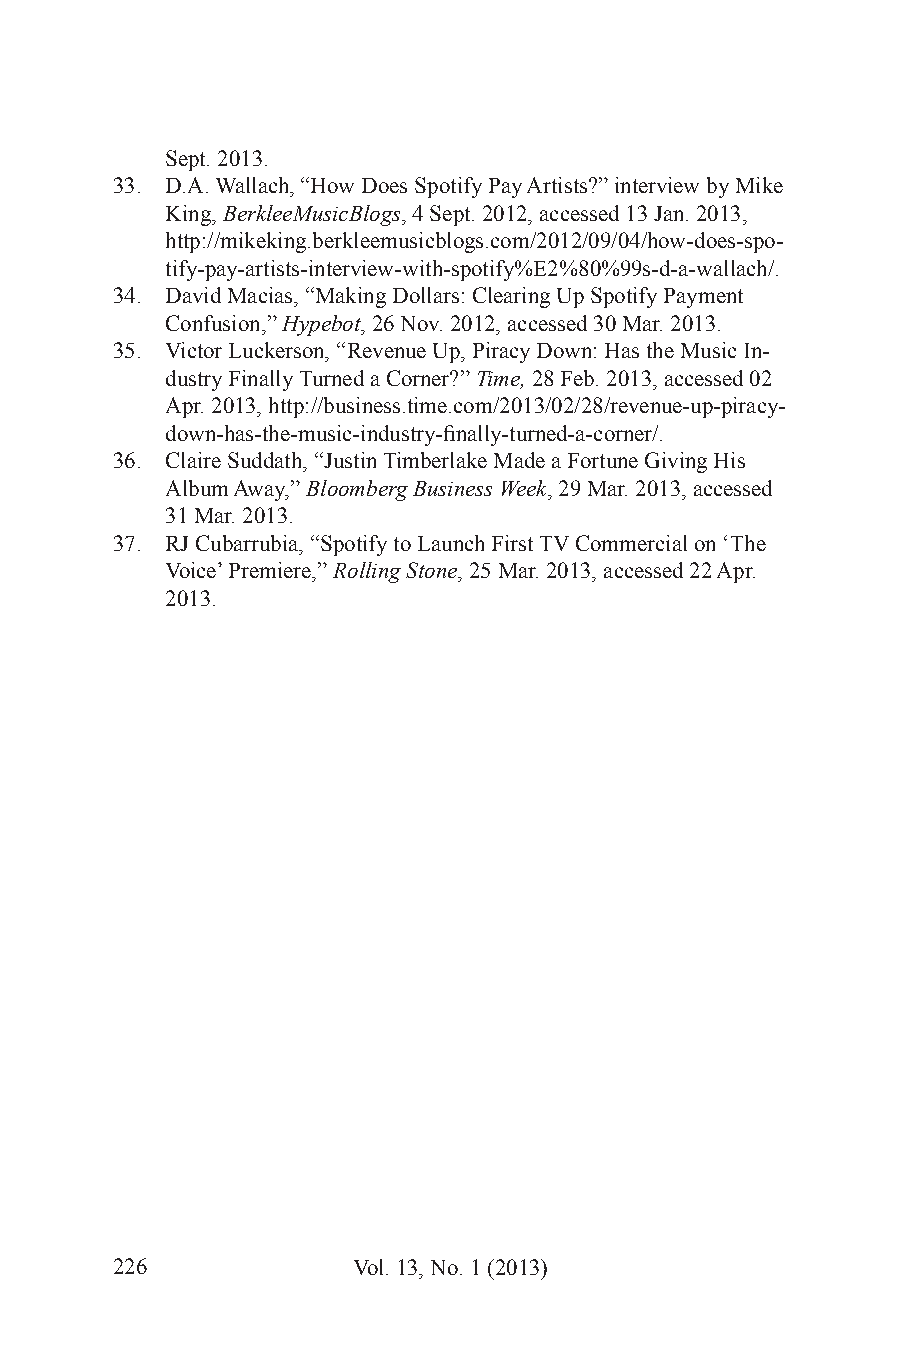
Sept. 2013.
 33. D.A. Wallach, “How Does Spotify Pay Artists?” interview by Mike
 King, BerkleeMusicBlogs, 4 Sept. 2012, accessed 13 Jan. 2013,
 http://mikeking.berkleemusicblogs.com/2012/09/04/how-does-spo-
 tify-pay-artists-interview-with-spotify%E2%80%99s-d-a-wallach/.
 34. David Macias, “Making Dollars: Clearing Up Spotify Payment
 Confusion,” Hypebot, 26 Nov. 2012, accessed 30 Mar. 2013.
 35. Victor Luckerson, “Revenue Up, Piracy Down: Has the Music In-
 dustry Finally Turned a Corner?” Time, 28 Feb. 2013, accessed 02
 Apr. 2013, http://business.time.com/2013/02/28/revenue-up-piracy-
 down-has-the-music-industry-finally-turned-a-corner/.
 36. Claire Suddath, “Justin Timberlake Made a Fortune Giving His
 Album Away,” Bloomberg Business Week, 29 Mar. 2013, accessed
 31 Mar. 2013.
 37. RJ Cubarrubia, “Spotify to Launch First TV Commercial on ‘The
 Voice’ Premiere,” Rolling Stone, 25 Mar. 2013, accessed 22 Apr.
 2013.
 226             Vol. 13, No. 1 (2013)